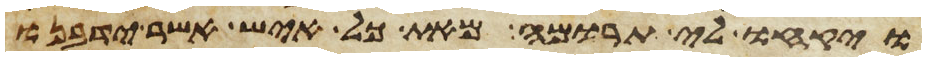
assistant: ויקחו לי תרומה מאת כל איש אשר ידבנו